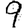
Digit: 9